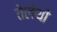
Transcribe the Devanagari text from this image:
तेलेथों